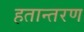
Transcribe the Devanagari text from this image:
हतान्तरण